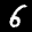
Label: 6